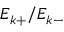
E _ { k + } / E _ { k - }